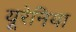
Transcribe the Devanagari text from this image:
यूरेनिया